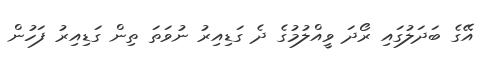
އޭގެ ބަދަލުގައި ރޯދަ ވީއްލުމުގެ ދެ ގަޑިއިރު ނުވަތަ ތިން ގަޑިއިރު ފަހުން